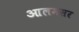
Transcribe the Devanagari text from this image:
आलमसर